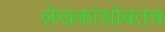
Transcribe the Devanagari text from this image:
लेखकांसोबतच